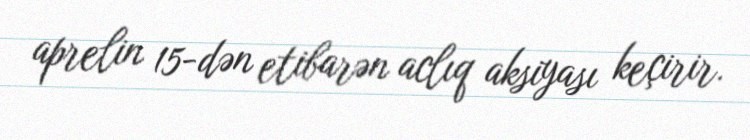
aprelin 15-dən etibarən aclıq aksiyası keçirir.